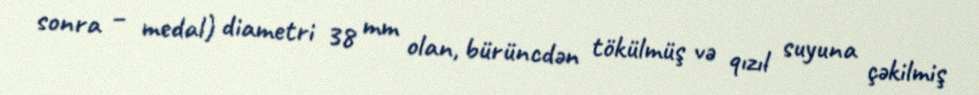
sonra – medal) diametri 38 mm olan, bürüncdən tökülmüş və qızıl suyuna çəkilmiş